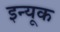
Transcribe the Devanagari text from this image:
इन्यूक